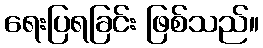
ရေးပြရခြင်း ဖြစ်သည်။